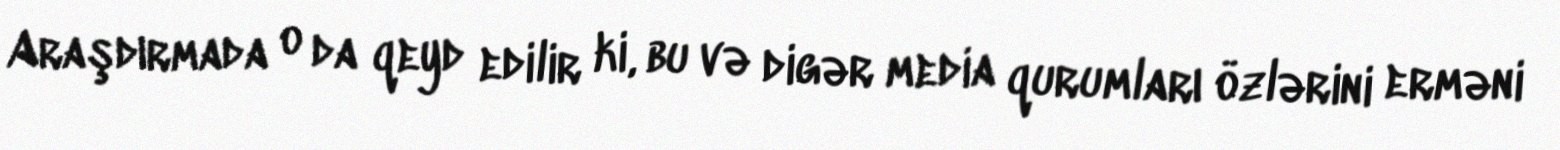
Araşdırmada o da qeyd edilir ki, bu və digər media qurumları özlərini erməni